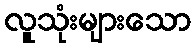
လူသုံးများသော